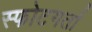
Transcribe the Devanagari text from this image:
स्फोटगर्ता